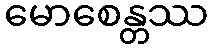
မောစေန္တဿ